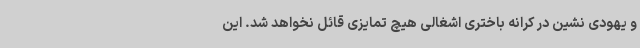
و یهودی نشین در کرانه باختری اشغالی هیچ تمایزی قائل نخواهد شد. این